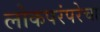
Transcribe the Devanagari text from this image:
लोकपरंपरेचा